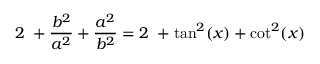
2 \ + { \frac { b ^ { 2 } } { a ^ { 2 } } } + { \frac { a ^ { 2 } } { b ^ { 2 } } } = 2 \ + \tan ^ { 2 } ( x ) + \cot ^ { 2 } ( x )